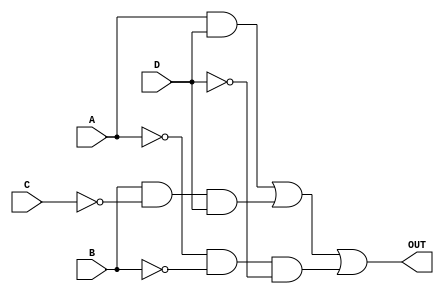
// `timescale 1ns / 1ps
module K_maps(A,B,C,D,OUT);

input A,B,C,D;
output OUT;

and(w1,A,D);
and(w2,B,~C,D);
and(w3,~A,~B,~D);
or(OUT,w1,w2,w3);

endmodule



module kmaps1(A,B,C,D,OUT);
input A,B,C,D;
output OUT;
assign OUT = (A&D) | (B&~C&D) |(~A&~B&~D);
endmodule